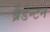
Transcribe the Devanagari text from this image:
ब्रैडेन्टन